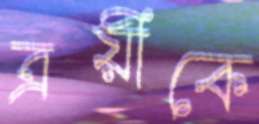
ত্রয়ীকে